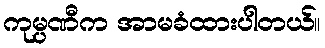
ကုမ္ပဏီက အာမခံထားပါတယ်။